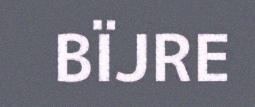
BÏJRE